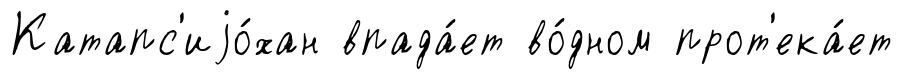
Катапс'иjо́хан впада́ет во́дном прот'ека́ет